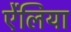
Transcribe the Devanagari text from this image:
ऐंलिया